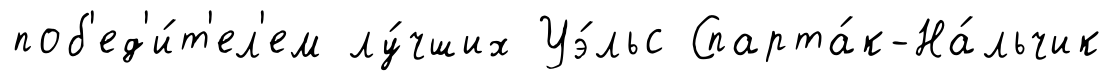
поб'ед'и́т'ел'ем лу́чших Уэ́льс Спарта́к-На́льчик